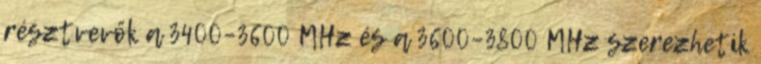
résztvevők a 3400–3600 MHz és a 3600–3800 MHz szerezhetik